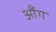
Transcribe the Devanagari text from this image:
ऑंग